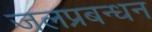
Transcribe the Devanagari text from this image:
जलप्रबन्धन